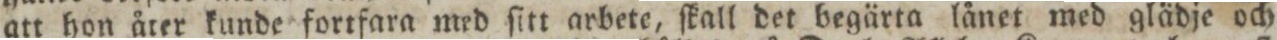
att hon åter kunde fortfara med ſitt arbete, ſkall det begärta lånet med glädje och